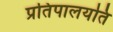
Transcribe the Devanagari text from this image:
प्रतिपालयति